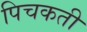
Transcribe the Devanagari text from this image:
पिचकती